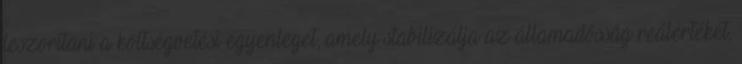
leszorítani a költségvetési egyenleget, amely stabilizálja az államadósság reálértékét,